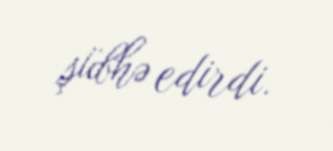
şübhə edirdi.